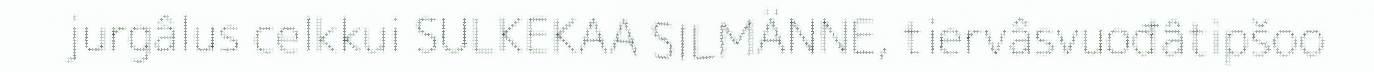
jurgâlus celkkui SULKEKAA SILMÄNNE, tiervâsvuođâtipšoo